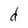
Character: d